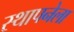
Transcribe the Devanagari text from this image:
स्‍थापनेला